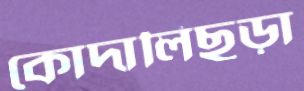
কোদালিছড়া